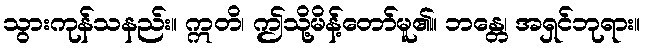
သွားကုန်သနည်း။ ဣတိ၊ ဤသို့မိန့်တော်မူ၏။ ဘန္တေ၊ အရှင်ဘုရား။